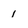
Character: 1